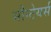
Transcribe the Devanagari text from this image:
मौन्टेयर्स